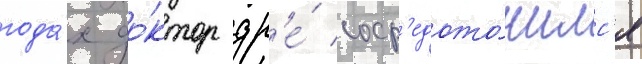
года́х до́ктор др'е́ соср'едото́чилс'я